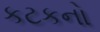
કટકનો